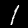
Digit: 1